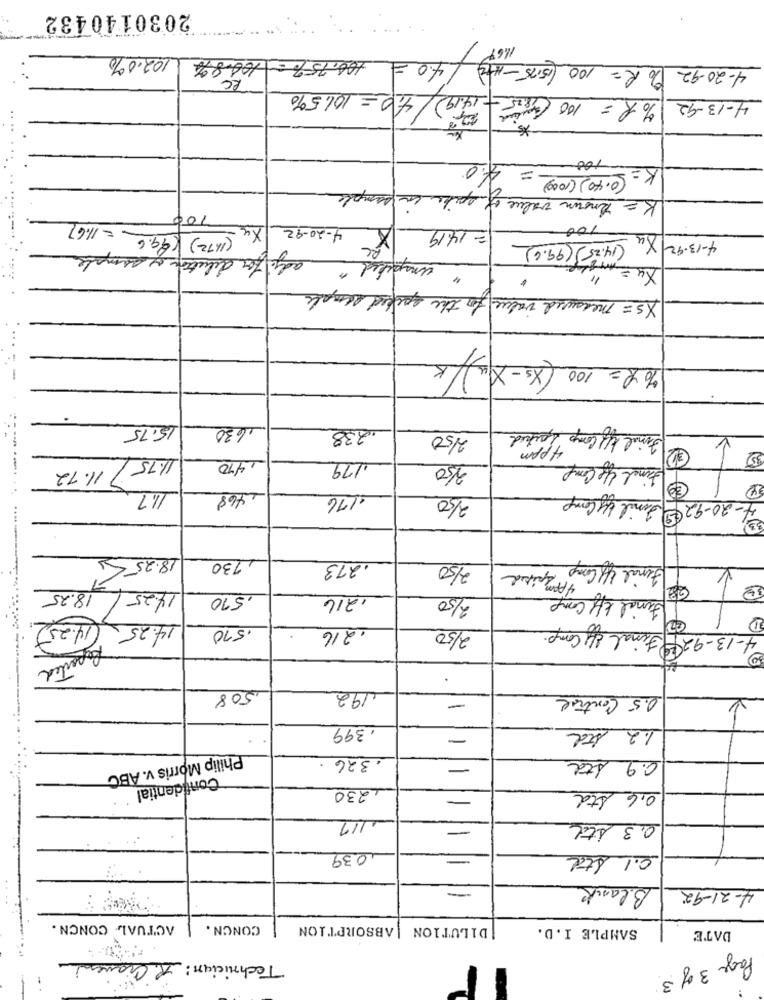
2030140432
102.0%
100.75% - 100.8%
4.0 =
4-20-92 Do R= 100 (15:15-1kg)
RC
14,0 = 101.5%
4-13-92 % R = 100 CHRIS-
*
-100
4.0
=
K=
- (0.40) (1000)
K = known value of spike in sample
100
(11.72) 99.6 = 11.6]
X4
4-20-92
X
100
= 14.19
4-13.92 X (14.25)(99.6)
adj. for detection of samples
umpekel"
Xs = measured value for the spiced simple
..
1% R= 100 (Xs-X1)/K
-
15.75
1630
Final If Comp Spiked
238
250
4 ppm
final f Comp
K
11.72
1.75,
1410
179
350
11.7
-468
1176
2/50
4-20-92 3mal by Comp
-----...
18.25 5
,730
.273
2/50
Final If Comp.
4 Pmspiked
14.25/ 18.25
.570
1216
2/50
Final Eff comp
K
D
14.25
14.25
.216
2/50
4-13-92 4 Final of Comp.
.570
Reported
508
,192
0.5 Control
-
. 399
1.2 std
-
. 326
0.9 Ata
-
Philip Morris v. ABC
Confidential
1230
-
0,6 Std
0,3 Std
039
-
0.1 Std
Blank
4-21-92
----
ACTUAL CONCN.
CONCN.
ABSORPTION
|DILUTION
SAMPLE I.D.
DATE
Technician : R. Ciqueni
Page 3 of 3